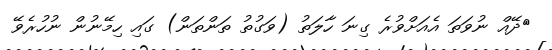
ދޭއް ނުވަތަ އެއަށްވުރެ ގިނަ ހާލަތު (ވަގުތު ތަންތަން) ގައި ހިމޭނުން ނުހުރެވޭ